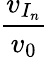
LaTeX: \frac{v_{I_{n}}}{v_{0}}